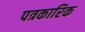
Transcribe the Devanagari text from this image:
पत्रकारिक